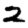
Digit: 2